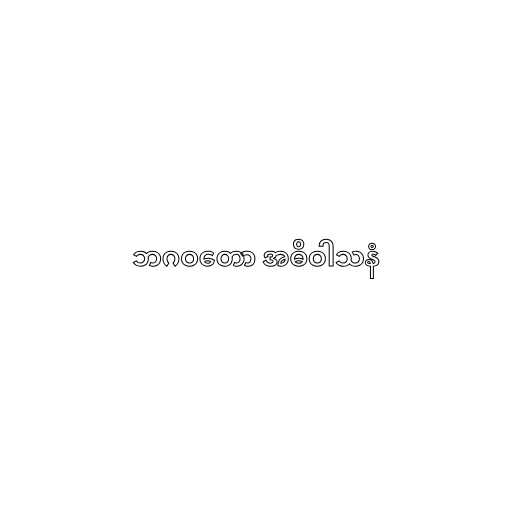
ဘဂဝတော အဓိဝါသနံ